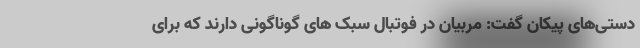
دستی‌های پیکان گفت: مربیان در فوتبال سبک های گوناگونی دارند که برای